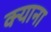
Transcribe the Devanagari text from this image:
क्याना